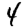
Digit: 4